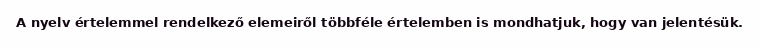
A nyelv értelemmel rendelkező elemeiről többféle értelemben is mondhatjuk, hogy van jelentésük.